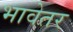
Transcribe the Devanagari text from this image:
भावेतर